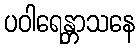
ပဝါရေန္တာသနေ